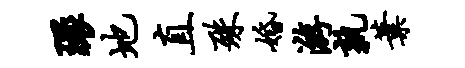
环地直殊婚游孰叶